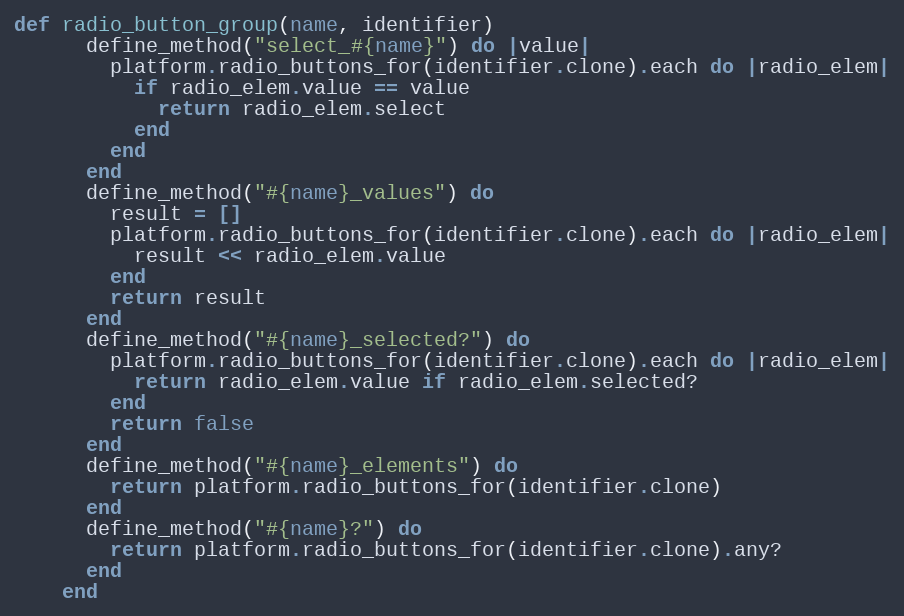
Language: Ruby
def radio_button_group(name, identifier)
      define_method("select_#{name}") do |value|
        platform.radio_buttons_for(identifier.clone).each do |radio_elem|
          if radio_elem.value == value
            return radio_elem.select
          end
        end
      end
      define_method("#{name}_values") do
        result = []
        platform.radio_buttons_for(identifier.clone).each do |radio_elem|
          result << radio_elem.value
        end
        return result
      end
      define_method("#{name}_selected?") do
        platform.radio_buttons_for(identifier.clone).each do |radio_elem|
          return radio_elem.value if radio_elem.selected?
        end
        return false
      end
      define_method("#{name}_elements") do
        return platform.radio_buttons_for(identifier.clone)
      end
      define_method("#{name}?") do
        return platform.radio_buttons_for(identifier.clone).any?
      end
    end